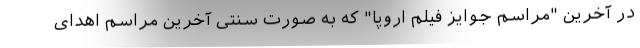
در آخرین "مراسم جوایز فیلم اروپا" که به صورت سنتی آخرین مراسم اهدای